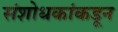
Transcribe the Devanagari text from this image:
संशोधकांकडून